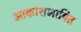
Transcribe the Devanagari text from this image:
आकाशभाषित